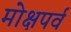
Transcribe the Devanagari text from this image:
मोक्षपर्व